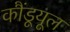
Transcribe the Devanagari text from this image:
कौंडूयूल